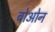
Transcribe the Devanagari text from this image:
बोओन